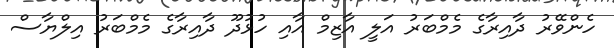
ހެންވޭރު ދާއިރާގެ މެމްބަރު އަލީ އާޒިމް އާއި ހުޅުދޫ ދާއިރާގެ މެމްބަރު އިލްޔާސް